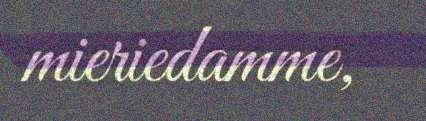
mieriedamme,